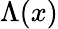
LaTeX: \Lambda(x)